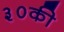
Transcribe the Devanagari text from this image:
३०की